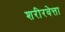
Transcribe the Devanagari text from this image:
शरीरवेत्ता